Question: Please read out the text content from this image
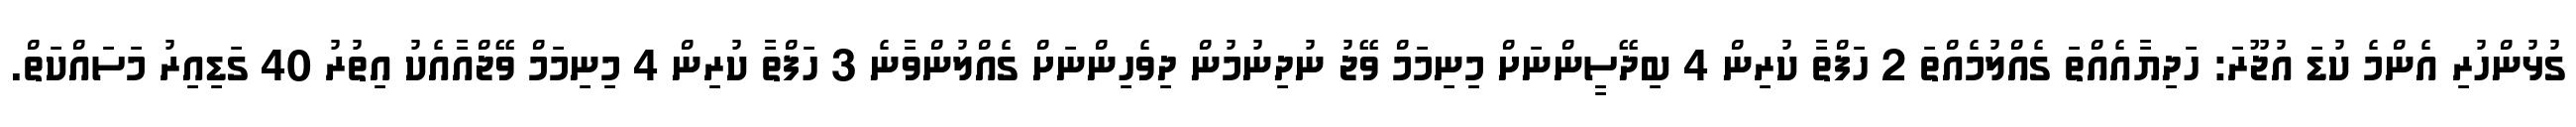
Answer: ގުޅުންހުރި އެންމެ ކުޑަ އުޖޫރަ: ހަދިޔާއެއްތަ ގެއްލުމެއްތަ 2 ހަފްތާ ކުރިން 4 ބިދޭސީންނަށް މިނިމަމް ވޭޖު ނުދިނުމުން ދިވެހިންނަށް ގެއްލުންވާނެ 3 ހަފްތާ ކުރިން 4 މިނިމަމް ވޭޖްއާއެކު އިތުރު 40 ގަޑިއިރު މަސައްކަތް.